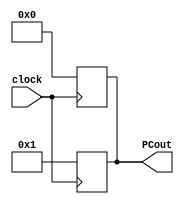
module ProgramCounter(PCout, clock);
	reg [7:0] program_counter;
	input clock;
	output reg [7:0] PCout;
	
	initial program_counter = 8'b00000000;
	
	always @ (posedge clock)
		begin
			PCout = program_counter;
		end
	
	always @ (negedge clock)
		begin
			PCout = program_counter + 8'b00000001;
		end
	
endmodule